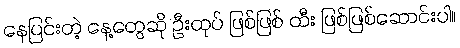
နေပြင်းတဲ့ နေ့တွေဆို ဦးထုပ် ဖြစ်ဖြစ် ထီး ဖြစ်ဖြစ်ဆောင်းပါ။